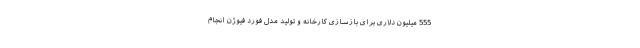
555 میلیون دلاری برای بازسازی کارخانه و تولید مدل فورد فیوژن انجام